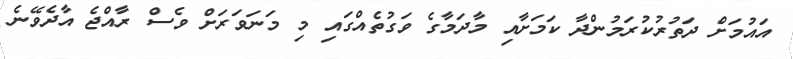
އައުމަށް ދަތުރުކުރަމުންދާ ކަމަށާއި މާދަމާގެ ވަގުތެއްގައި މި މަނަވަރަށް ވެސް ރާއްޖެ އާދެވޭނެ